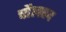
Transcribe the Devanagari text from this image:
चौलह्रद